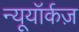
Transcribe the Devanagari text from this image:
न्यूयॉर्कज़